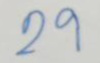
29